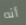
أنه